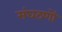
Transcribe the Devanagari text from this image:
संघठणों